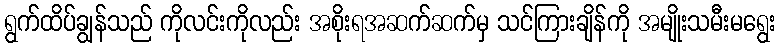
ရွက်ထိပ်ချွန်သည် ကိုလင်းကိုလည်း အစိုးရအဆက်ဆက်မှ သင်ကြားချိန်ကို အမျိုးသမီးမရွေး